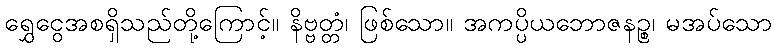
ရွှေငွေအစရှိသည်တို့ကြောင့်။ နိဗ္ဗတ္တံ၊ ဖြစ်သော။ အကပ္ပိယဘောဇနဉ္စ၊ မအပ်သော